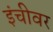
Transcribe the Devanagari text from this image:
इंचीवर